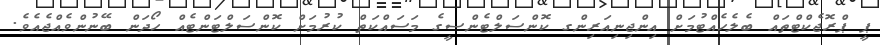
ޕީ ޕްރޮޖެކްޓްތައް ބެލެހެއްޓުމަށް އިންޖިނިއަރިންގ ކޮންސަލްޓެންސީގެ މަސައްކަތް ކުރުމަށް ކޮންސަލްޓަންޓެއް ހޯދަން ބޭނުންވެއްޖެއެވެ.